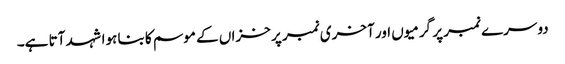
دوسرے نمبر پر گرمیوں اور آخری نمبر پر خزاں کے موسم کا بنا ہوا شہد آتا ہے۔